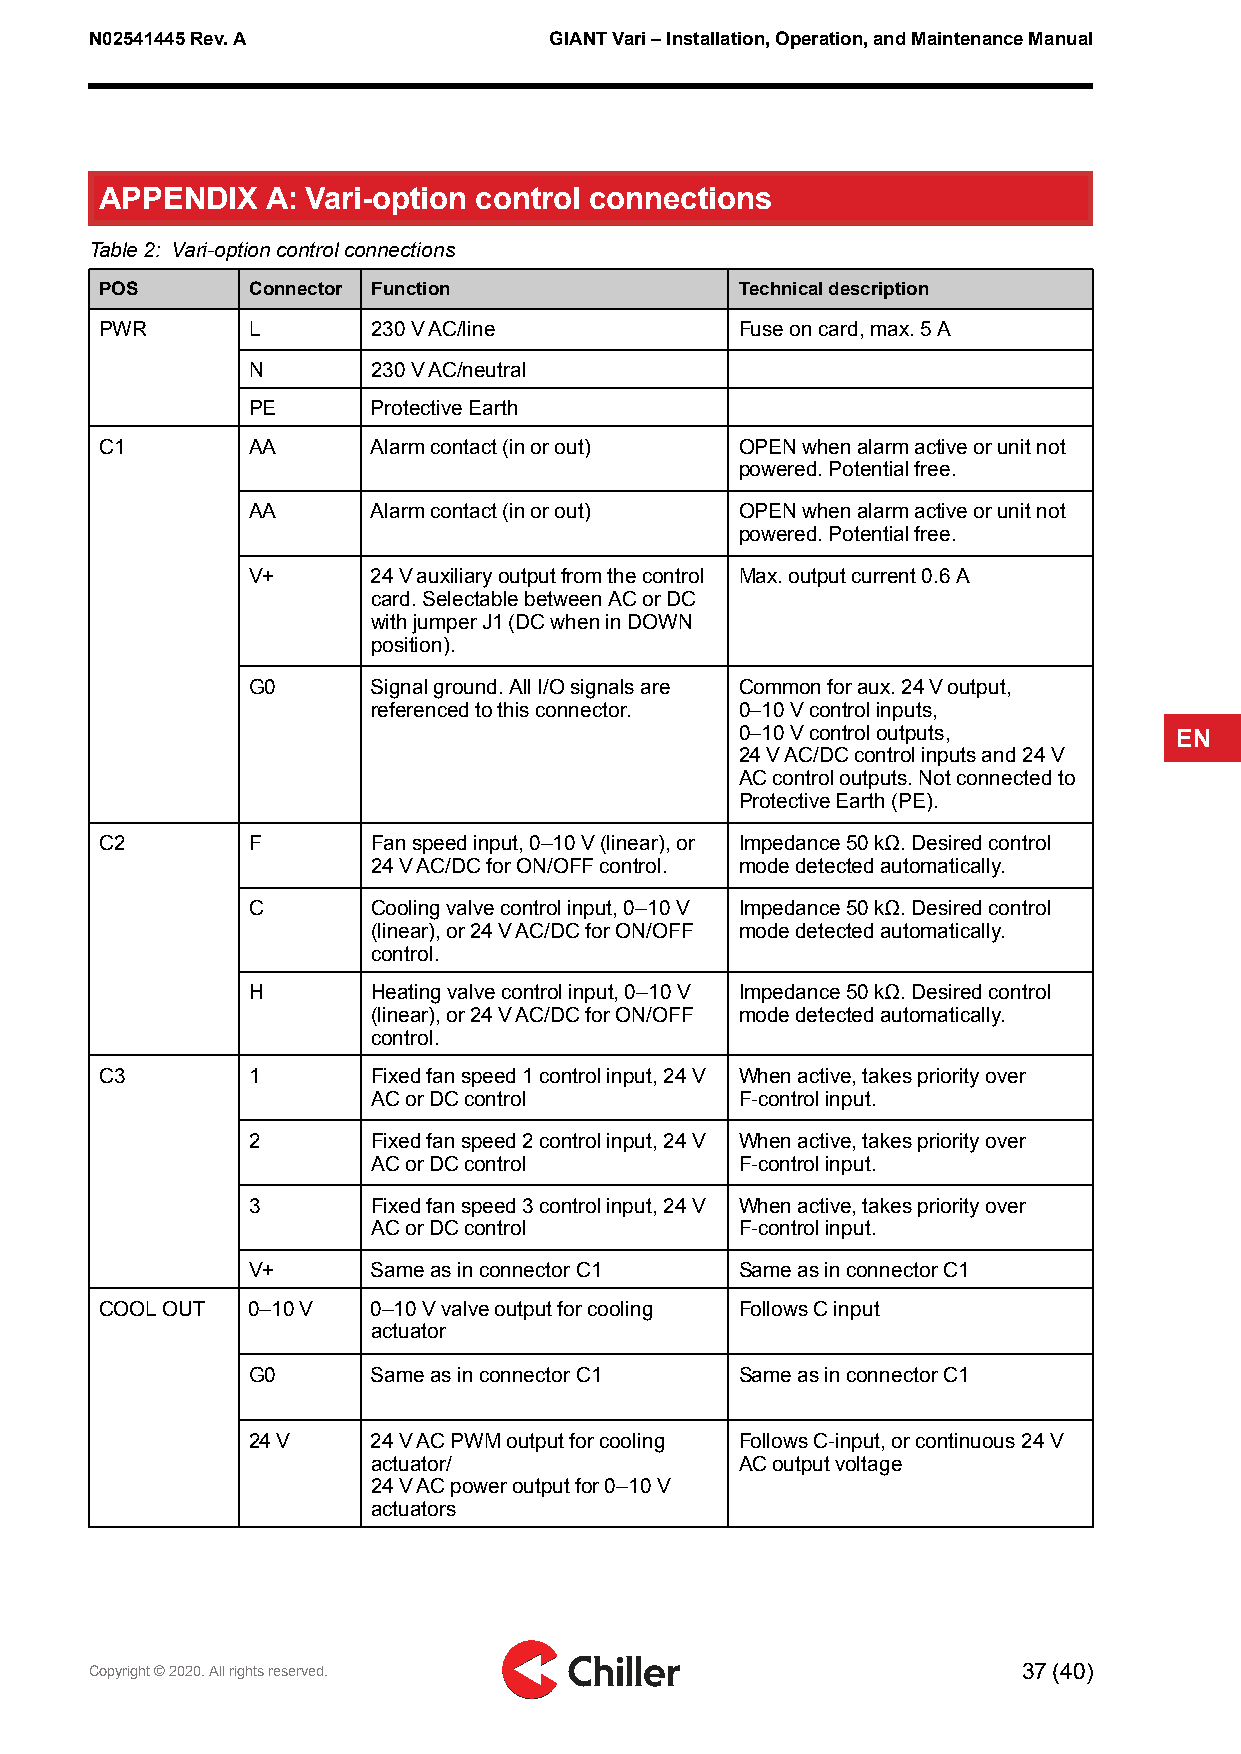
N02541445Rev.A                GIANTVari–Installation,Operation,andMaintenanceManual
 APPENDIX   A: Vari-option control connections
 Table2: Vari-optioncontrolconnections
 POS      Connector Function               Technicaldescription
 PWR      L        230VAC/line             Fuseoncard,max.5A
 N        230VAC/neutral
 PE       ProtectiveEarth
 C1       AA       Alarmcontact(inorout)   OPENwhenalarmactiveorunitnot
 powered.Potentialfree.
 AA       Alarmcontact(inorout)   OPENwhenalarmactiveorunitnot
 powered.Potentialfree.
 V+       24Vauxiliaryoutputfromthecontrol Max.outputcurrent0.6A
 card.SelectablebetweenACorDC
 withjumperJ1(DCwheninDOWN
 position).
 G0       Signalground.AllI/Osignalsare Commonforaux.24Voutput,
 referencedtothisconnector. 0–10Vcontrolinputs,
 0–10Vcontroloutputs,         EN
 24VAC/DCcontrolinputsand24V
 ACcontroloutputs.Notconnectedto
 ProtectiveEarth(PE).
 C2       F        Fanspeedinput,0–10V(linear),or Impedance50kΩ.Desiredcontrol
 24VAC/DCforON/OFFcontrol. modedetectedautomatically.
 C        Coolingvalvecontrolinput,0–10V Impedance50kΩ.Desiredcontrol
 (linear),or24VAC/DCforON/OFF modedetectedautomatically.
 control.
 H        Heatingvalvecontrolinput,0–10V Impedance50kΩ.Desiredcontrol
 (linear),or24VAC/DCforON/OFF modedetectedautomatically.
 control.
 C3       1        Fixedfanspeed1controlinput,24V Whenactive,takespriorityover
 ACorDCcontrol           F-controlinput.
 2        Fixedfanspeed2controlinput,24V Whenactive,takespriorityover
 ACorDCcontrol           F-controlinput.
 3        Fixedfanspeed3controlinput,24V Whenactive,takespriorityover
 ACorDCcontrol           F-controlinput.
 V+       SameasinconnectorC1     SameasinconnectorC1
 COOLOUT  0–10V    0–10Vvalveoutputforcooling FollowsCinput
 actuator
 G0       SameasinconnectorC1     SameasinconnectorC1
 24V      24VACPWMoutputforcooling FollowsC-input,orcontinuous24V
 actuator/               ACoutputvoltage
 24VACpoweroutputfor0–10V
 actuators
 Copyright©2020.Allrightsreserved.                             37(40)